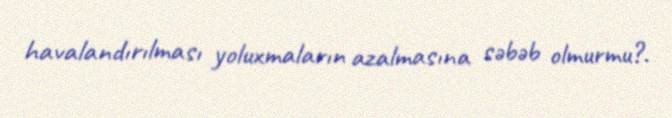
havalandırılması yoluxmaların azalmasına səbəb olmurmu?.